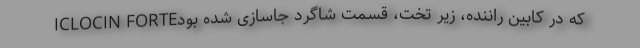
ICLOCIN FORTEکه در کابین راننده، زیر تخت، قسمت شاگرد جاسازی شده بود